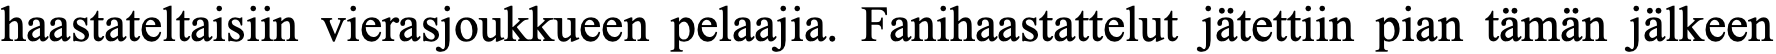
haastateltaisiin vierasjoukkueen pelaajia. Fanihaastattelut jätettiin pian tämän jälkeen